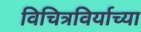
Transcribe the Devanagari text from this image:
विचित्रविर्याच्या